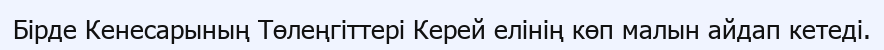
Бірде Кенесарының Төлеңгіттері Керей елінің көп малын айдап кетеді.